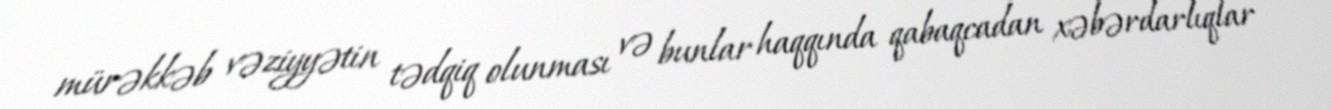
mürəkkəb vəziyyətin tədqiq olunması və bunlar haqqında qabaqcadan xəbərdarlıqlar